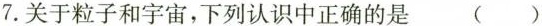
7.关于粒子和宇宙，下列认识中正确的是 ( )